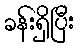
ခန်းရှိပြီး